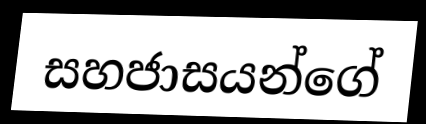
සහජාසයන්ගේ